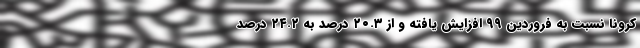
کرونا نسبت به فروردین ۹۹ افزایش یافته و از ۲۰.۳ درصد به ۲۴.۲ درصد